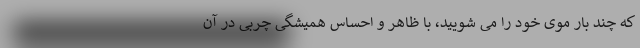
که چند بار موی خود را می شویید، با ظاهر و احساس همیشگی چربی در آن